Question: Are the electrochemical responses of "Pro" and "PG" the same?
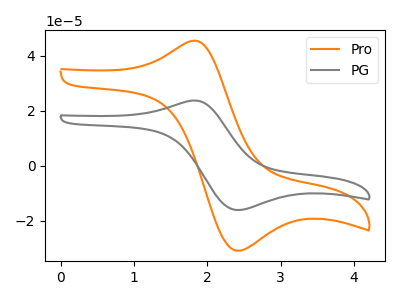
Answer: <think>The orange curve "Pro" has an anodic peak at (1.80V, 45.35uA) and a cathodic peak at (2.40V, -30.90uA). The gray curve "PG" has an anodic peak at (1.80V, 23.65uA) and a cathodic peak at (2.40V, -16.10uA).
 All the peaks in "Pro" have a peak in "PG" at the same potential. Every peak in "Pro" is higher than every peak in "PG".</think>
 <answer>"Pro" and "PG" are similar in shape.</answer>
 <eval>same_shape</eval>